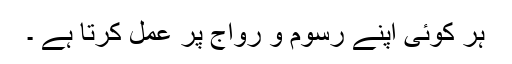
ہر کوئی اپنے رسوم و رواج پر عمل کرتا ہے ۔